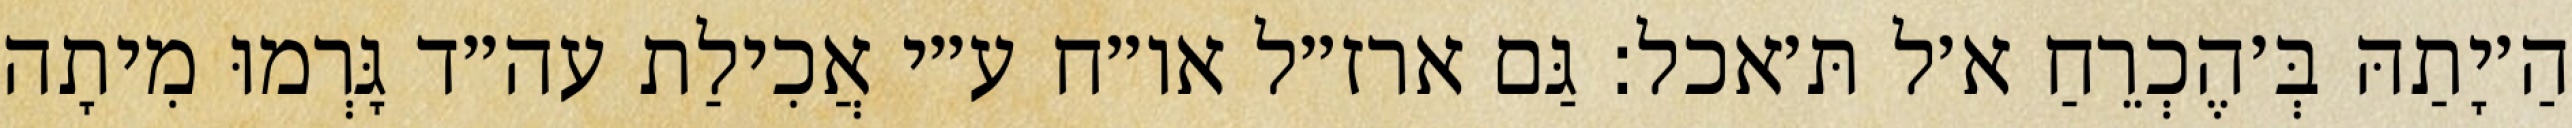
הַ׳יָתַהּ בְּ׳הֶכְרֵחַ א׳ל תּ׳אכל: גַּם ארז״ל או״ח ע״י אֲכִילַת עה״ד גָּרְמוּ מִיתָה